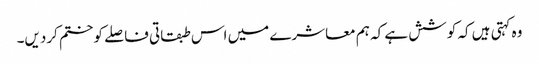
وہ کہتی ہیں کہ کوشش ہے کہ ہم معاشرے میں اس طبقاتی فاصلے کو ختم کردیں۔